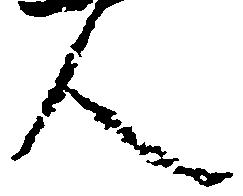
人